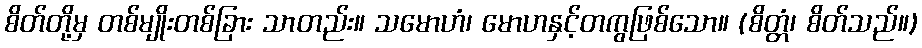
စိတ်တို့မှ တစ်မျိုးတစ်ခြား သာတည်း။ သမောဟံ၊ မောဟနှင့်တကွဖြစ်သော။ (စိတ္တံ၊ စိတ်သည်။)